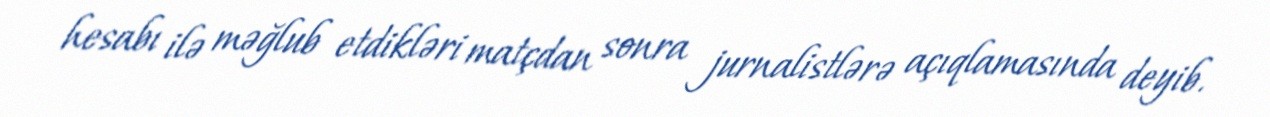
hesabı ilə məğlub etdikləri matçdan sonra jurnalistlərə açıqlamasında deyib.